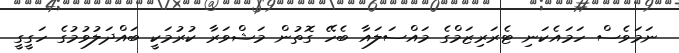
ނަމަވެސް ހަމައެކަނި ޓެރަރިޒަމްގެ މައްސަލައާ ބެހޭ ގޮތުން މަޝްވަރާ ކުރުމަކީ ބައްދަލުވުމުގެ ހަގީގީ